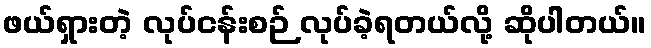
ဖယ်ရှားတဲ့ လုပ်ငန်းစဉ် လုပ်ခဲ့ရတယ်လို့ ဆိုပါတယ်။